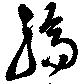
縞